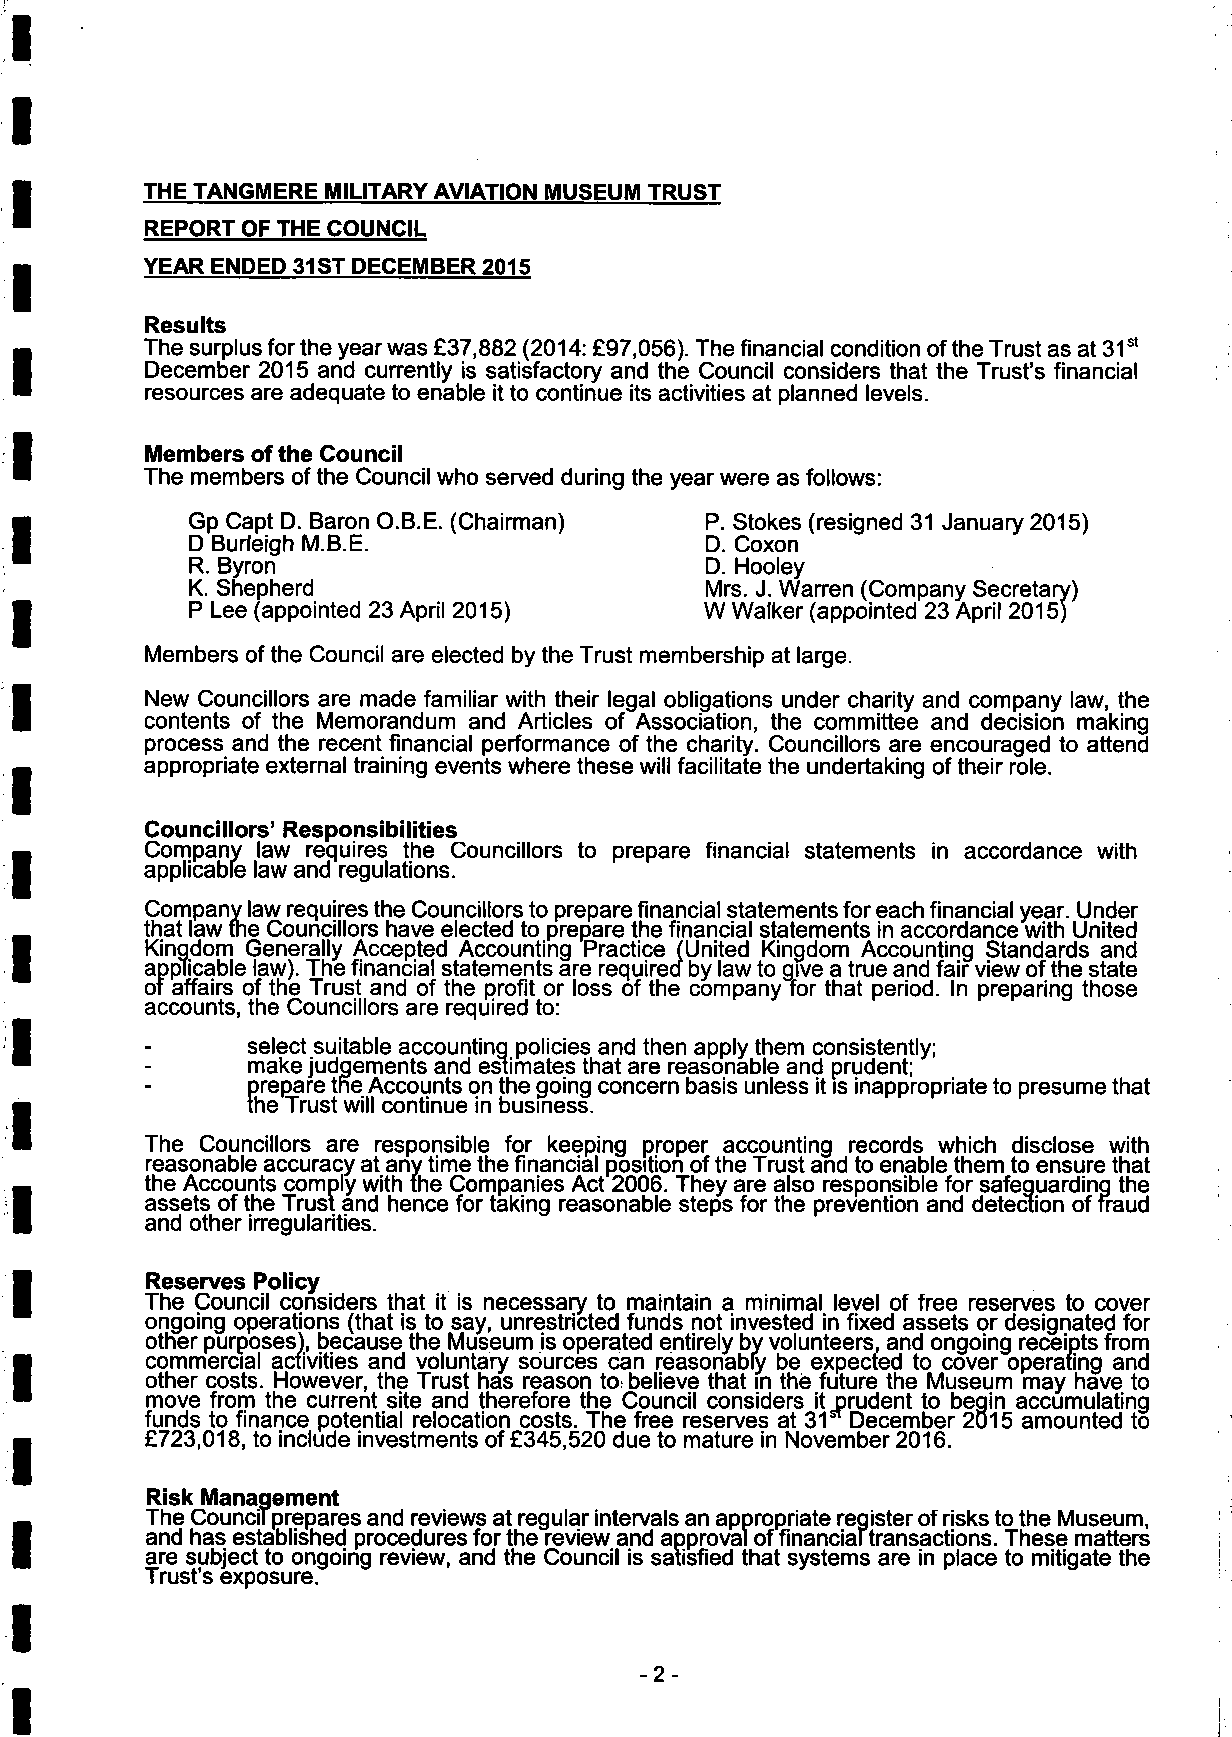
THE TANGMERE MILITARY AVIATION MUSEUM TRUST
 REPORT OF THE COUNCIL
 YEAR ENDED 31 ST DECEMBER 2015
 Results
 The surplus for the year was £37,882 (2014: £97,056). The financial condition of the Trust as at 31st
 December 2015 and currently is satisfactory and the Council considers that the Trust's financial
 resources are adequate to enable it to continue its activities at planned levels.
 Members of the Council
 The members of the Council who served during the year were as follows:
 Gp Capt D. Baron O.B.E. (Chairman) P. Stokes (resigned 31 January 2015)
 D Burleigh M.B.E.                  D. Coxon
 R. Byron                           D. Hooley
 K. Shepherd
 P Lee (appointed 23 April 2015)
 Members of the Council are elected by the Trust membership at large.
 New Councillors are made familiar with their legal obligations under charity and company law, the
 contents of the Memorandum and Articles of Association, the committee and decision making
 process and the recent financial performance of the charity. Councillors are encouraged to attend
 appropriate external training events where these will facilitate the undertaking of their role.
 Councillors' Responsibilities
 Company law requires the Councillors to prepare financial statements in accordance with
 applicable law and regulations.
 Company law requires the Councillors to prepare financial statements for each financial year. Under
 that law the Councillors have elected to prepare the financial statements in accordance with United
 Kingdom Generally Accepted Accounting Practice (United Kingdom Accounting Standards and
 applicable law). The financial statements are required by law to give a true and fair view of the state
 of affairs of the Trust and of the profit or loss of the companyTor that period. In preparing those
 accounts, the Councillors are required to:
 select suitable accounting policies and then apply them consistently;
 make judgements and estimates that are reasonable and prudent;
 prepare the Accounts on the going concern basis unless it is inappropriate to presume that
 the Trust will continue in business.
 The Councillors are responsible for keeping proper accounting records which disclose with
 reasonable accuracy at any time the financial position of the Trust and to enable them to ensure that
 the Accounts comply with the Companies Act 2006. They are also responsible for safeguarding the
 assets of the Trust and hence for taking reasonable steps for the prevention and detection of fraud
 and other irregularities.
 Reserves Policy
 The Council considers that it is necessary to maintain a minimal level of free reserves to cover
 ongoing operations (that is to say, unrestricted funds not invested in fixed assets or designated for
 other purposes), because the Museum is operated entirely by volunteers, and ongoing receipts from
 commercial activities and voluntary sources can reasonably be expected to cover operating and
 other costs. However, the Trust has reason to believe that in the future the Museum may have to
 move from the current site and therefore the Council considers it jprudent to begin accumulating
 funds to finance potential relocation costs. The free reserves at 31 December 2015 amounted to
 £723,018, to include investments of £345,520 due to mature in November 2016.
 Risk Management
 The Councflprepares and reviews at regular intervals an appropriate register of risks to the Museum,
 and has established procedures for the review and approval of financiartransactions. These matters
 are subject to ongoing review, and the Council is satisfied that systems are in place to mitigate the
 Trust's exposure.